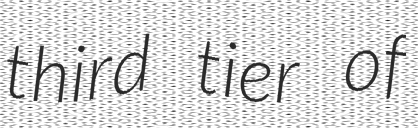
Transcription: third tier of